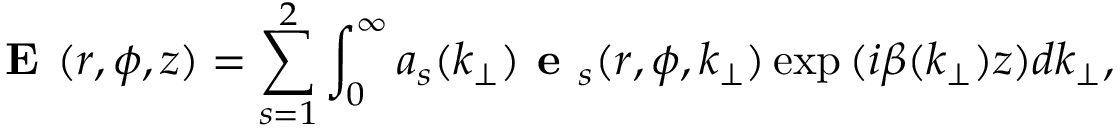
\textbf { E } ( r , \phi , z ) = \sum _ { s = 1 } ^ { 2 } \int _ { 0 } ^ { \infty } a _ { s } ( k _ { \perp } ) \textbf { e } _ { s } ( r , \phi , k _ { \perp } ) \exp { ( i \beta ( k _ { \perp } ) z ) } d k _ { \perp } ,